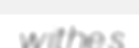
withes